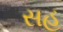
સહ